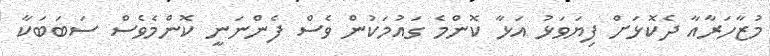
މުޒާހަރާއާ ދެކޮޅަށް ފިޔަވަޅު އަޅާ ކޮންމެ ގައުމަކުން ވެސް ފެންނަނީ ކޮންމެވެސް ސަބަބަކާ